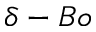
\delta - B o